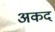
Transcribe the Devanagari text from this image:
अकद